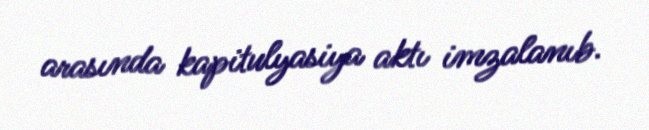
arasında kapitulyasiya aktı imzalanıb.